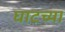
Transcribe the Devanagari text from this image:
घाटच्या